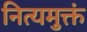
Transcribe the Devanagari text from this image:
नित्यमुक्तं